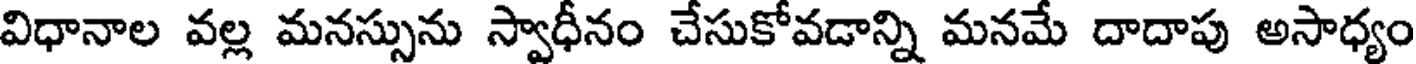
విధానాల వల్ల మనస్సును స్వాధీనం చేసుకోవడాన్ని మనమే దాదాపు అసాధ్యం